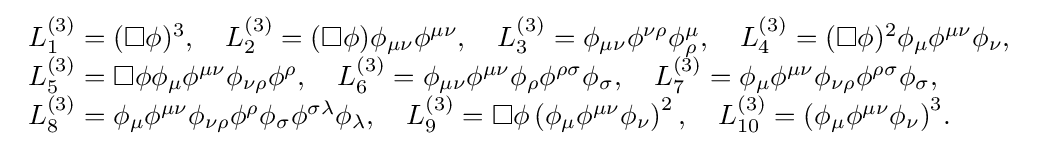
{\begin{array}{l}{L_{1}^{(3)}=(\square \phi )^{3},\quad L_{2}^{(3)}=(\square \phi )\phi _{\mu \nu }\phi ^{\mu \nu },\quad L_{3}^{(3)}=\phi _{\mu \nu }\phi ^{\nu \rho }\phi _{\rho }^{\mu },\quad L_{4}^{(3)}=(\square \phi )^{2}\phi _{\mu }\phi ^{\mu \nu }\phi _{\nu }},\\{L_{5}^{(3)}=\square \phi \phi _{\mu }\phi ^{\mu \nu }\phi _{\nu \rho }\phi ^{\rho },\quad L_{6}^{(3)}=\phi _{\mu \nu }\phi ^{\mu \nu }\phi _{\rho }\phi ^{\rho \sigma }\phi _{\sigma },\quad L_{7}^{(3)}=\phi _{\mu }\phi ^{\mu \nu }\phi _{\nu \rho }\phi ^{\rho \sigma }\phi _{\sigma }},\\{L_{8}^{(3)}=\phi _{\mu }\phi ^{\mu \nu }\phi _{\nu \rho }\phi ^{\rho }\phi _{\sigma }\phi ^{\sigma \lambda }\phi _{\lambda },\quad L_{9}^{(3)}=\square \phi \left(\phi _{\mu }\phi ^{\mu \nu }\phi _{\nu }\right)^{2},\quad L_{10}^{(3)}=\left(\phi _{\mu }\phi ^{\mu \nu }\phi _{\nu }\right)^{3}}.\end{array}}